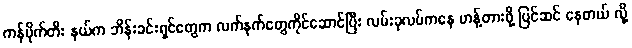
ကန်ပိုက်တီး နယ်က ဘိန်းခင်းရှင်တွေက လက်နက်တွေကိုင်ဆောင်ပြီး လမ်းခုလပ်ကနေ ဟန့်တားဖို့ ပြင်ဆင် နေတယ် လို့